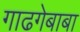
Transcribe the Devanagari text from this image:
गाढगेबाबा